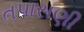
તપાસણી